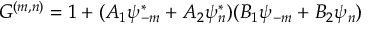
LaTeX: { \cal G } ^ { ( m , n ) } = 1 + ( A _ { 1 } \psi _ { - m } ^ { \ast } + A _ { 2 } \psi _ { n } ^ { \ast } ) ( B _ { 1 } \psi _ { - m } + B _ { 2 } \psi _ { n } )